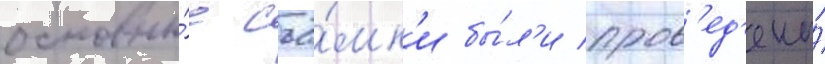
основны́е съё́мк'и бы́л'и пров'ед'ены́